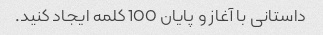
داستانی با آغاز و پایان 100 کلمه ایجاد کنید.